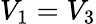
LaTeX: V_{1}=V_{3}